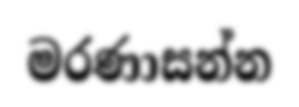
මරණාසන්න